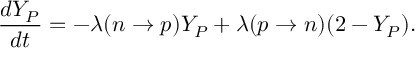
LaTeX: \frac { d Y _ { P } } { d t } = - \lambda ( n \rightarrow p ) Y _ { P } + \lambda ( p \rightarrow n ) ( 2 - Y _ { P } ) .